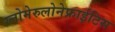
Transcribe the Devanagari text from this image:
ग्लोमेरुलोनेफ्राईटिस